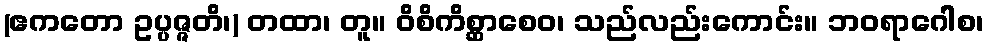
(ဧကတော ဥပ္ပဇ္ဇတိ၊) တထာ၊ တူ။ ဝိစိကိစ္ဆာစေဝ၊ သည်လည်းကောင်း။ ဘဝရာဂေါစ၊